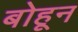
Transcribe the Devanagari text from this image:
बोहून